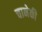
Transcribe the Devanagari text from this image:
चानेकी